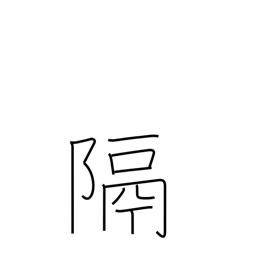
Meaning: distance